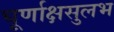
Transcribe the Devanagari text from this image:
घूर्णाक्षसुलभ